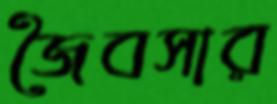
জৈবসার